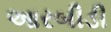
આરબીડી